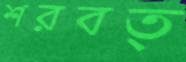
শরবত্